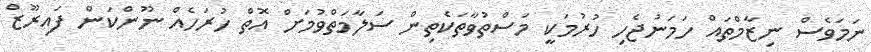
ނަމަވެސް ނިޒާމްތައް ހަމަނުޖެހި ހުރުމަކީ މަސްތުވާތަކެތިން ސަލާމަތްވުމަށް އޮތް ހުރަހެއް ނޫންކަން ފައިރޫޒް